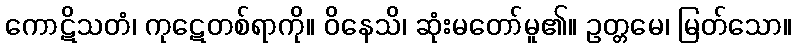
ကောဋိသတံ၊ ကုဋေတစ်ရာကို။ ဝိနေသိ၊ ဆုံးမတော်မူ၏။ ဥတ္တမေ၊ မြတ်သော။